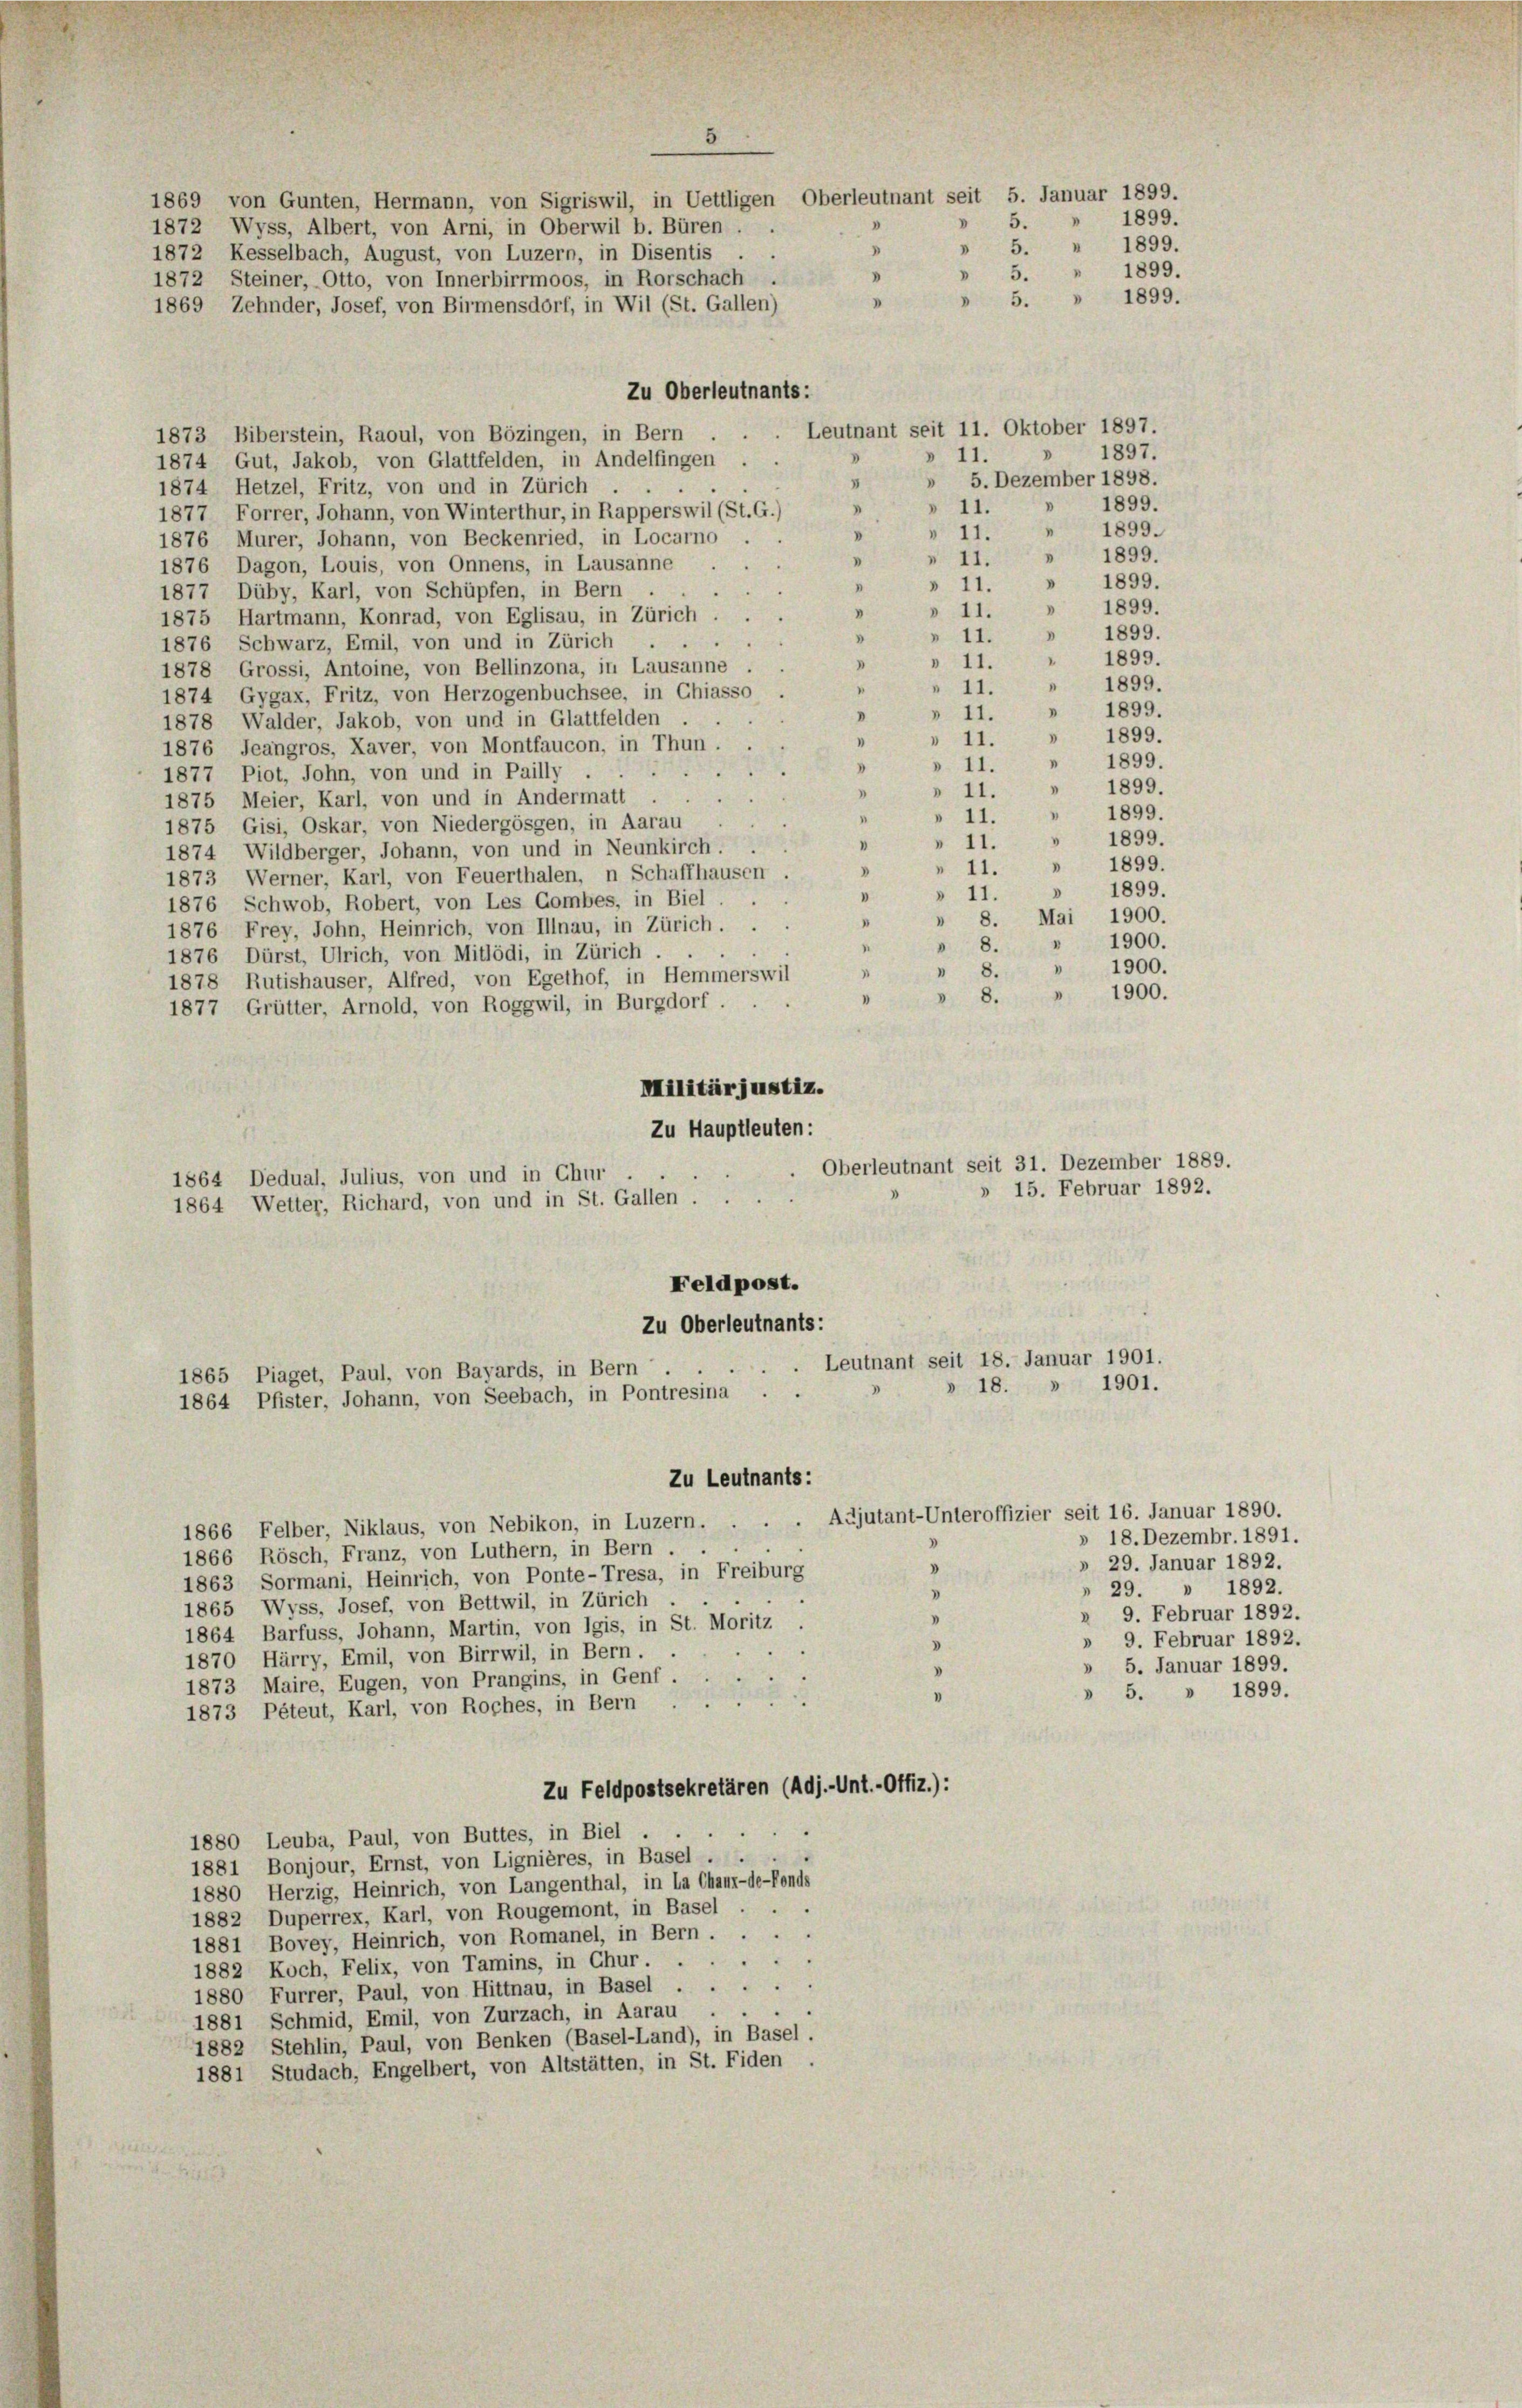
3
1869 von Gunten, Hermann, von Sigriswil, in Uettligen Oberleutnant seit 5. Januar 1899.
1872 Wyss, Albert, von Arni, in Oberwil b. Büren . .
1872 Kesselbach, August, von Luzern, in Disentis . .
Zu Oberleutnants:
Leutnant seit 11. Oktober 1897.
1873 Biberstein, Raoul, von Bözingen, in Bern
1897.
» 11.
.
1874 Gut, Jakob, von Glattfelden, in Andelfingen
 5. Dezember 1898.
4
1874 Hetzel, Fritz, von und in Zürich
1899.
» 11.
¬
1877 Forrer, Johann, von Winterthur, in Rapperswil (St. G.)
1899.
“
 11.
"
1876 Murer, Johann, von Beckenried, in Locarno
» 11. " 1899.
"
1876 Dagon, Louis, von Onnens, in Lausanne
» 11. » 1899.
"
1877 Düby, Karl, von Schüpfen, in Bern .
» 11. " 1899.
v
1875 Hartmann, Konrad, von Eglisau, in Zürich
 1899.
d
» 11.
1876 Schwarz, Emil, von und in Zürich
.
» 11. " 1899.
1878 Grossi, Antoine, von Bellinzona, in Lausanne.
" 1899.
 11.
1874 Gygax, Fritz, von Herzogenbuchsee, in Chiasso
 1899.
» 11.
"
1878, Walder, Jakob, von und in Glattfelden .
» 11. " 1899.
"
1876 Jeangros, Xaver, von Montfaucon, in Thun.
» 11. " 1899.
.
1877 Piot, John, von und in Pailly
» 11. " 1899.
.
1875 Meier, Karl, von und in Andermatt
» 11. " 1899.
1875 Gisi, Oskar, von Niedergösgen, in Aarau
» 11. " 1899.
1874 Wildberger, Johann, von und in Neunkirch.
1899.
 11.
.
1873 Werner, Karl, von Feuerthalen, n Schaffhausen
11. " 1899.
»
1876 Schwob, Robert, von Les Gombes, in Biel . .
» 8. Mai 1900.
I
1876 Frey, John, Heinrich, von Illnau, in Zürich.
1900.
» 8.
1876 Dürst, Ulrich, von Mitlödi, in Zürich.
1900.
8.
"
1878 Rutishäuser, Alfred, von Egethof, in Hemmerswil
 1900.
8.
1877 Grütter, Arnold, von Roggwil, in Burgdorf ...
Militärjustiz.
Zu Hauptleuten:
Oberleutnant seit 31. Dezember 18
1864 Dedual, Julius, von und in Chur,
» 15. Februar 1892
1864 Wetter, Richard, von und in St. Gallen . .
Feldpost.
Zu Oberleutnants:
Leutnant seit 18. Januar 1901.
1865 Piaget, Paul, von Bayards, in Bern
» 18. » 1901.
.
1864 Pfister, Johann, von Seebach, in Pontresina
Zu Leutnants:
Adjutant-Unteroffizier seit 16. Januar 1890.
1866 Felber, Niklaus, von Nebikon, in Luzern.
» 18. Dezembr. 1891.
.
1866 Rösch, Franz, von Luthern, in Bern .
» 29. Januar 1892.
"
1863 Sormani, Heinrich, von Ponte-Tresa, in Freiburg
.
1865 Wyss, Josef, von Bettwil, in Zürich
1864 Barfuss, Johann, Martin, von Igis, in St. Moritz
» 9. Februar 1892.
V
1870 Härry, Emil, von Birrwil, in Bern.
» 5. Januar 1899.
1873 Maire, Eugen, von Prangins, in Genf
» 5. » 1899.
1873 Péteut, Karl, von Roches, in Bern
Zu Feldpostsekretären (Adj.-Unt.-Offiz.):
1880 Leuba, Paul, von Buttes, in Biel
1881 Bonjour, Ernst, von Lignières, in Basel.
1880 Herzig, Heinrich, von Langenthal, in La Chaux-de-Fonds
1882 Duperrex, Karl, von Rougemont, in Basel
1881 Bovey, Heinrich, von Romanel, in Bern....
1882 Koch, Felix, von Tamins, in Chur ....
1880 Furrer, Paul, von Hittnau, in Basel
1881 Schmid, Emil, von Zurzach, in Aarau .
1882 Stehlin, Paul, von Benken (Basel-Land), in Basel.
1881 Studach, Engelbert, von Altstätten, in St. Fiden.

1872 Steiner, Otto, von Innerbirrmoos, in Rorschach .
1869 Zehnder, Josef, von Birmensdorf, in Wil (St. Gallen)

1899.
 5.
1899.
 5.
1899.
5.
D
1899.
 5.

29. » 1892.
» 9. Februar 1892.

89.
.